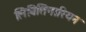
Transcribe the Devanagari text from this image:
लिबितिनारियन